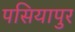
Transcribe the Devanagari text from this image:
पसियापुर